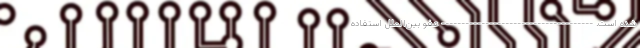
شده است. -------------------------------------- عفو بین‌الملل استفاده